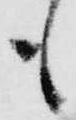
も